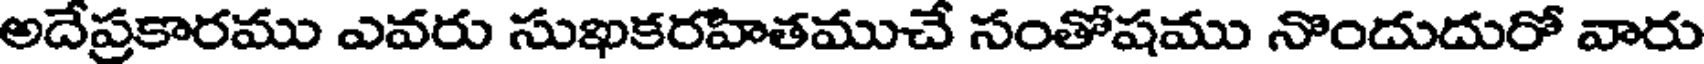
అదేప్రకారము ఎవరు సుఖకరహితముచే సంతోషము నొందుదురో వారు